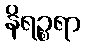
နိရဉ္စရာ